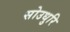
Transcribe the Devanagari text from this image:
सोउधुरि